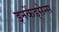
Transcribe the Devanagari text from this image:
इनकेंड्सेन्स